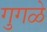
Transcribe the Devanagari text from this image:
गुगळे